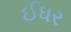
ઈધર